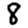
Digit: 8